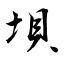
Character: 垻